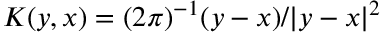
K ( y , x ) = ( 2 \pi ) ^ { - 1 } ( y - x ) / | y - x | ^ { 2 }